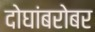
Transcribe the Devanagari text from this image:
दोघांबरोबर